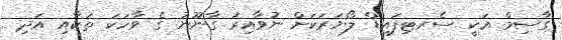
ގާސިމް އަކީ ސެރޓިފައިޑް ލޯޔަރަކަށް ނުވާއިރު ގާނޫނު ގެ ވާހަކަ ތަކާއި އަދި